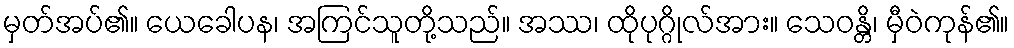
မှတ်အပ်၏။ ယေခေါပန၊ အကြင်သူတို့သည်။ အဿ၊ ထိုပုဂ္ဂိုလ်အား။ သေဝန္တိ၊ မှီဝဲကုန်၏။